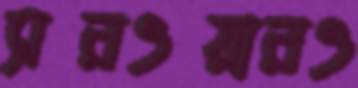
সরওয়ারও